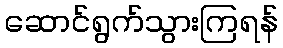
ဆောင်ရွက်သွားကြရန်